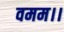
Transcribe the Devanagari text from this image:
वमम।।